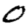
Digit: 0